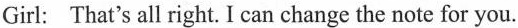
Girl: That's all right. I can change the note for you.